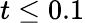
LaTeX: t\le 0.1